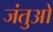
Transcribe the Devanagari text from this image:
जंतुओ